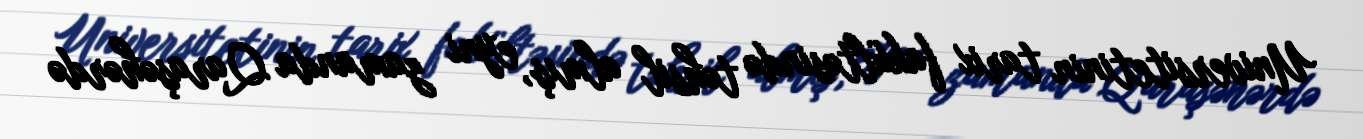
Universitetinin tarix fakültəsində təhsil almış, eyni zamanda Qaraşəhərdə